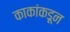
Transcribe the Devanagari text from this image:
काकांकडून